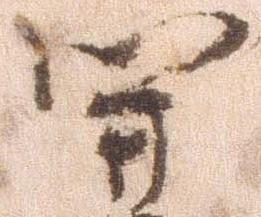
関